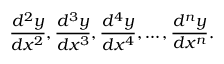
{ \frac { d ^ { 2 } y } { d x ^ { 2 } } } , { \frac { d ^ { 3 } y } { d x ^ { 3 } } } , { \frac { d ^ { 4 } y } { d x ^ { 4 } } } , \ldots , { \frac { d ^ { n } y } { d x ^ { n } } } .